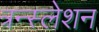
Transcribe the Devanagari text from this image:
त्रन्स्लेशन